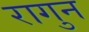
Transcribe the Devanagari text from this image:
रागुन